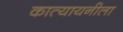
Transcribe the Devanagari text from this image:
कात्यायनीला